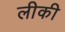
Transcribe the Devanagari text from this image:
लीकी